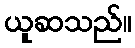
ယူဆသည်။